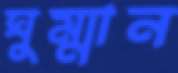
ঘুম্মান